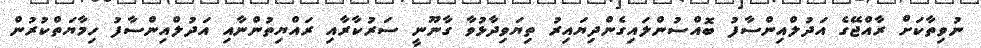
ނުވިތާކަށް ރާއްޖޭގެ އަދުލްއިންސާފު ބޮއްސުންލައިގެންދިޔައިރު ތިޔަވިދާޅުވާ ގާނޫނީ ސަރުކާރާއި ރައްޔިތުންނާއި އަދުލްއިންސާފު ހިމާޔަތްކުރުން